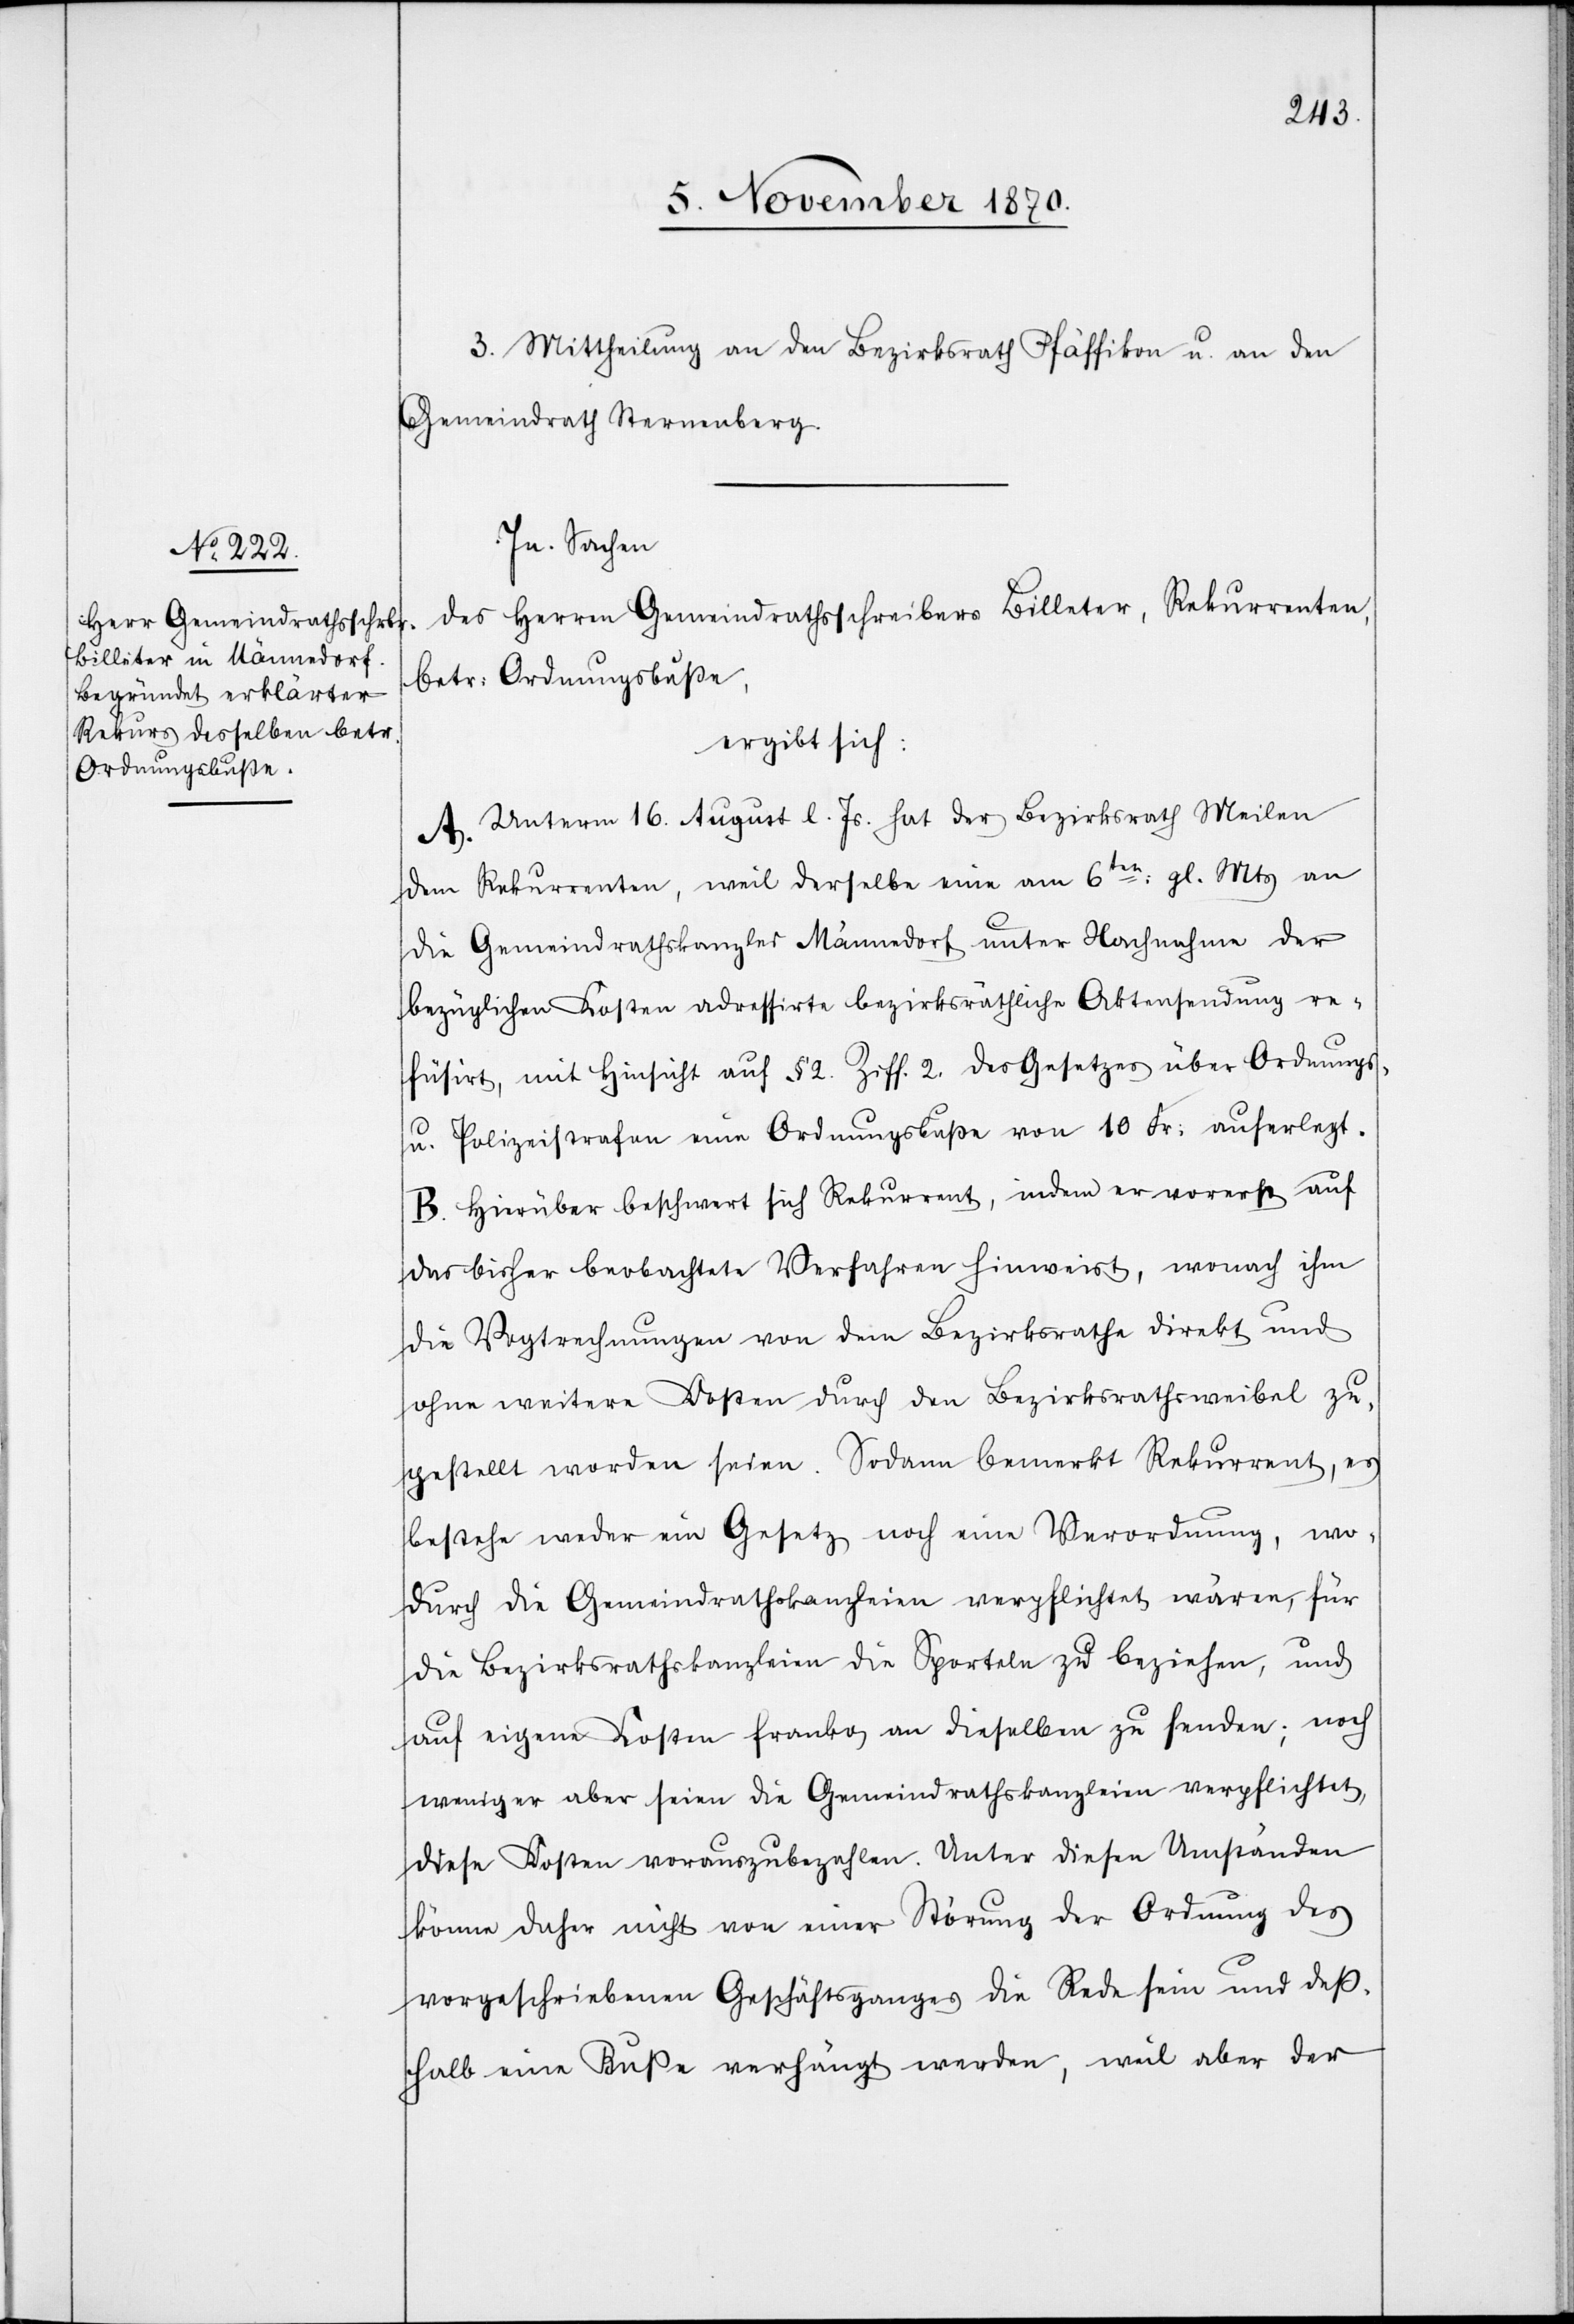
3. Mittheilung an den Bezirksrath Pfäffikon u. an den
Gemeindrath Sternenberg.
In Sachen
des Herren Gemeindrathsschreibers Billeter, Rekurrenten,
betr: Ordnungsbuße,
ergibt sich:
A. Unterm 16. August l. Js. hat der Bezirksrath Meilen
dem Rekurrenten, weil derselbe eine am 6ten gl. Mts. an
die Gemeindrathskanzlei Männedorf unter Nachnahme der
bezüglichen Kosten adressirte bezirksräthliche Aktensendung re¬
füsirt, mit Hinsicht auf § 2 Ziff. 2 des Gesetzes über Ordnungs-
u. Polizeistrafen eine Ordnungsbuße von 10 Fr: auferlegt.
B. Hierüber beschwert sich Rekurrent, indem er vorerst auf
das bisher beobachtete Verfahren hinweist, wonach ihm
die Vogtrechnungen von dem Bezirksrathe direkt und
ohne weitere Kosten durch den Bezirksrathsweibel zu¬
gestellt worden seien. Sodann bemerkt Rekurrent, es
bestehe weder ein Gesetz noch eine Verordnung, wo¬
durch die Gemeindrathskanzleien verpflichtet wären, für
die Bezirksrathskanzleien die Sporteln zu beziehen, und
auf eigene Kosten Franko an dieselben zu senden; noch
weniger aber seien die Gemeindrathskanzleien verpflichtet,
diese Kosten vorauszubezahlen. Unter diesen Umständen
könne daher nicht von einer Störung der Ordnung des
vorgeschriebenen Geschäftsganges die Rede sein und deß¬
halb eine Buße verhängt werden, weil aber der